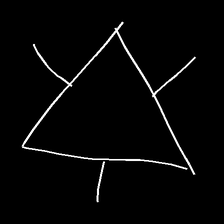
Glyph: fire